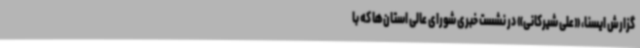
گزارش ایسنا، «علی شیرکانی» در نشست خبری شورای عالی استان‌ها که با